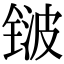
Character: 𬭛